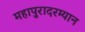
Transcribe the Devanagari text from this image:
महापुरादरम्यान